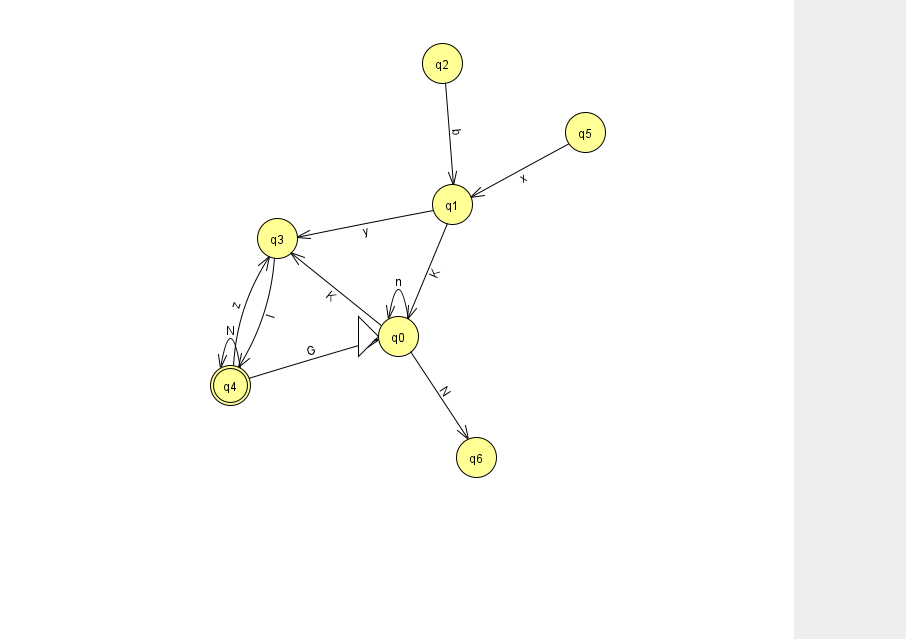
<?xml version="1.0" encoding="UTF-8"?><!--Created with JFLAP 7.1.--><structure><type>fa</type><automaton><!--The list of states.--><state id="0" name="q0"><x>398.0</x><y>323.0</y><initial/></state><state id="1" name="q1"><x>452.0</x><y>191.0</y></state><state id="2" name="q2"><x>442.0</x><y>50.0</y></state><state id="3" name="q3"><x>277.0</x><y>225.0</y></state><state id="4" name="q4"><x>230.0</x><y>372.0</y><final/></state><state id="5" name="q5"><x>585.0</x><y>119.0</y></state><state id="6" name="q6"><x>476.0</x><y>444.0</y></state><!--The list of transitions.--><transition><from>4</from><to>0</to><read>G</read></transition><transition><from>0</from><to>6</to><read>N</read></transition><transition><from>2</from><to>1</to><read>b</read></transition><transition><from>1</from><to>0</to><read>K</read></transition><transition><from>5</from><to>1</to><read>x</read></transition><transition><from>4</from><to>3</to><read>z</read></transition><transition><from>1</from><to>3</to><read>y</read></transition><transition><from>0</from><to>3</to><read>K</read></transition><transition><from>3</from><to>4</to><read>l</read></transition><transition><from>0</from><to>0</to><read>n</read></transition><transition><from>4</from><to>4</to><read>N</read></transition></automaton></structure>